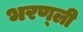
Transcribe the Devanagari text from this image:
भरण्ली